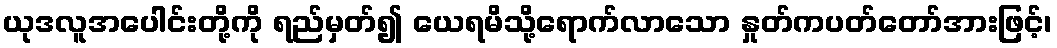
ယုဒလူအပေါင်းတို့ကို ရည်မှတ်၍ ယေရမိသို့ရောက်လာသော နှုတ်ကပတ်တော်အားဖြင့်၊